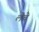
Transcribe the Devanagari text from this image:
लेचे